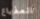
المذياع